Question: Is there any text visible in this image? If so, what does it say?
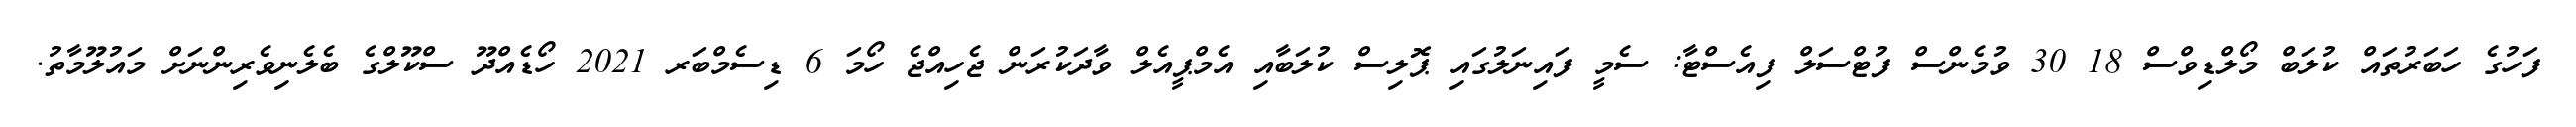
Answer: ފަހުގެ ހަބަރުތައް ކުލަބް މޯލްޑިވްސް 18 30 ވުމެންސް ފުޓްސަލް ފިއެސްޓާ: ސެމީ ފައިނަލުގައި ޕޮލިސް ކުލަބާއި އެމްޕީއެލް ވާދަކުރަން ޖެހިއްޖެ ހޯމަ 6 ޑިސެމްބަރ 2021 ހޯޑެއްދޫ ސްކޫލްގެ ބެލެނިވެރިންނަށް މައުލޫމާތު.